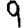
Digit: 9